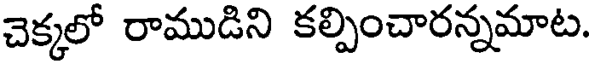
చెక్కలో రాముడిని కల్పించారన్నమాట.